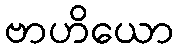
ဗာဟိယော